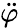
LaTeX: \ddot{\varphi}